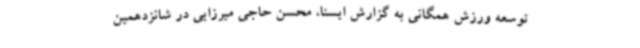
توسعه ورزش همگانی به گزارش ایسنا، محسن حاجی میرزایی در شانزدهمین